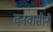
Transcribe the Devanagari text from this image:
वनवासीनी